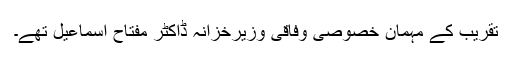
تقریب کے مہمان خصوصی وفاقی وزیرخزانہ ڈاکٹر مفتاح اسماعیل تھے۔